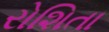
રોશિતા